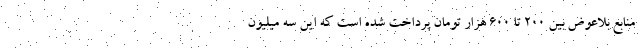
منابع بلاعوض بین ۲۰۰ تا ۶۰۰ هزار تومان پرداخت شده است که این سه میلیون